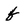
Character: f